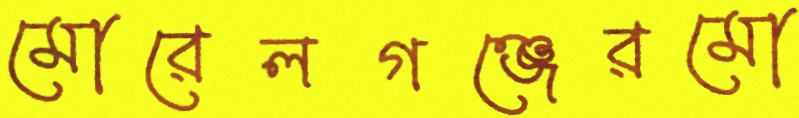
মোরেলগঞ্জেরমো